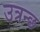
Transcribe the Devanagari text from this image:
उत्रन्छ